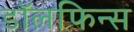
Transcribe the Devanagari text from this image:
डॉलफिन्स